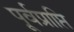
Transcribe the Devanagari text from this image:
पूर्वप्राप्ति